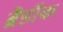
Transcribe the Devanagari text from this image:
ब्रैडॉक